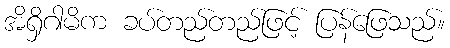
အိရှိဂါမိက ခပ်တည်တည်ဖြင့် ပြန်ဖြေသည်။